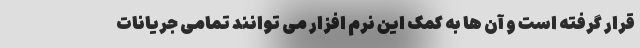
قرار گرفته است و آن ها به کمک این نرم افزار می توانند تمامی جریانات